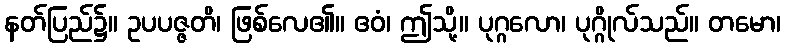
နတ်ပြည်၌။ ဥပပဇ္ဇတိ၊ ဖြစ်လေ၏။ ဧဝံ၊ ဤသို့။ ပုဂ္ဂလော၊ ပုဂ္ဂိုလ်သည်။ တမော၊